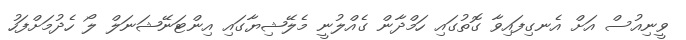
ވީނިއުސް އަށް އެނގިފައިވާ ގޮތުގައި ހަމްދާން ގެއްލުނީ މެލޭޝިޔާގައި އިންޓަނޭޝަނަލް ލޯ ހެދުމަށްފަހު